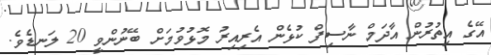
އޭގެ އިތުރުން އާދަމް ނާސިފް ކުޅެން އެރިއިރު މޮޅުވުމަށް ބޭނުންވީ 20 ލަނޑެވެ.